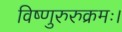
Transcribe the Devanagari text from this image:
विष्णुरुरुक्रमः।